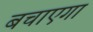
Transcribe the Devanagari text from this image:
बचाएगा